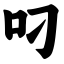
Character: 叼